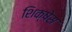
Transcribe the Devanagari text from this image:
शिक्षेस